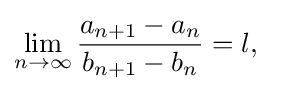
\lim _{n\to \infty }{\frac {a_{n+1}-a_{n}}{b_{n+1}-b_{n}}}=l,\